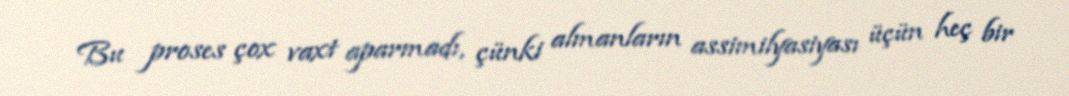
Bu proses çox vaxt aparmadı, çünki almanların assimilyasiyası üçün heç bir